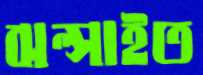
ঝল্‌সাইত